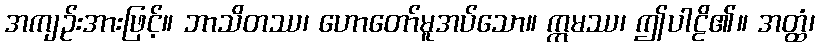
အကျဉ်းအားဖြင့်။ ဘာသိတဿ၊ ဟောတော်မူအပ်သော။ ဣမဿ၊ ဤပါဠိ၏။ အတ္ထံ၊